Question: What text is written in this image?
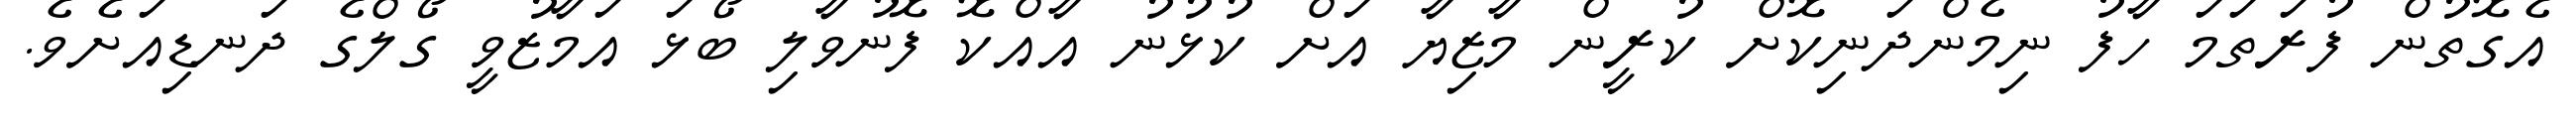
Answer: އެގޮތުން ފުރަތަމަ ހާފު ނިމެންދަނިކޮށް ކުރީން މާޒިޔާ އަށް ކުޅުނު އާއްކޮ ފޮނުވާލި ބޯޅަ އަމާޒުވީ ގޯލްގެ ދަނޑިއަށެވެ.